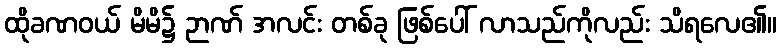
ထိုခဏဝယ် မိမိ၌ ဉာဏ် အလင်း တစ်ခု ဖြစ်ပေါ် လာသည်ကိုလည်း သိရလေ၏။